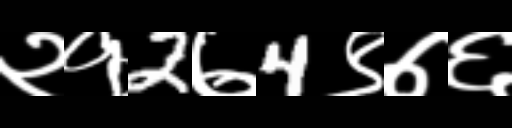
Text: २१2७4९७६